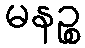
မနဉ္စ